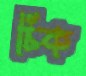
চিক